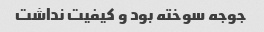
جوجه سوخته بود و کیفیت نداشت